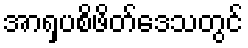
အာရှပစိဖိတ်ဒေသတွင်